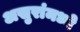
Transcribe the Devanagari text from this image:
असुरांमध्ये